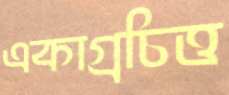
একাগ্রচিত্ত